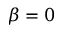
\beta = 0